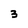
Character: 3